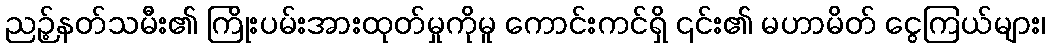
ညဉ့်နတ်သမီး၏ ကြိုးပမ်းအားထုတ်မှုကိုမူ ကောင်းကင်ရှိ ၎င်း၏ မဟာမိတ် ငွေကြယ်များ၊